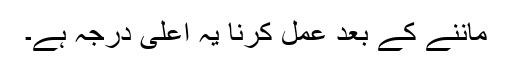
ماننے کے بعد عمل کرنا یہ اعلیٰ درجہ ہے۔